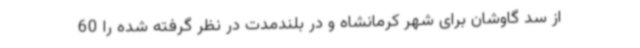
از سد گاوشان برای شهر کرمانشاه و در بلندمدت در نظر گرفته شده را 60